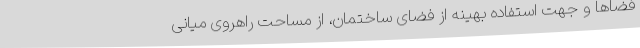
فضاها و جهت استفاده بهینه از فضای ساختمان، از مساحت راهروی میانی